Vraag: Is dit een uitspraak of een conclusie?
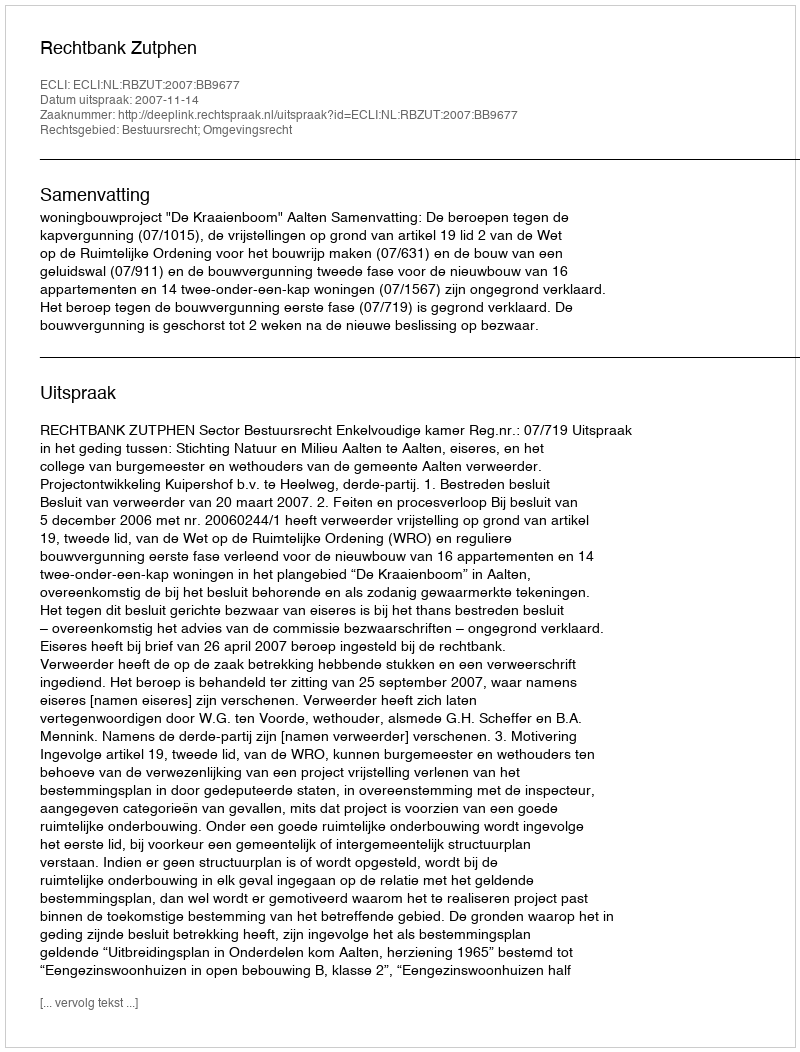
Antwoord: Uitspraak